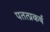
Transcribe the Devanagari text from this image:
पतत्प्रकर्ष